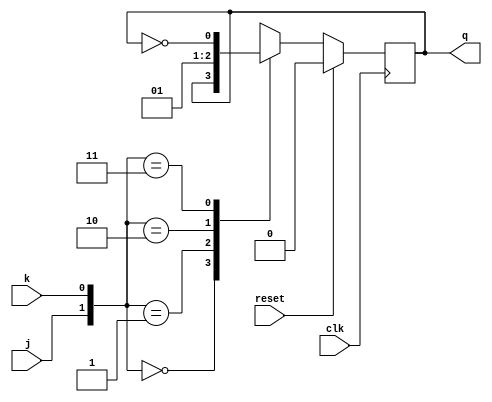
//design//flipflop
module j_k_flipflop(input j,k,clk,reset,output reg q);
  always@(posedge clk)//synchronous block
    begin
      if(reset)
        begin
          q<=0;
        end
      else begin
        case({j,k})
          2'b00:q<=q;//nochange
          2'b01:q<=0;//reset
          2'b10:q<=1;//set
          2'b11:q<=~q;//toggle
        endcase
      end
    end
endmodule